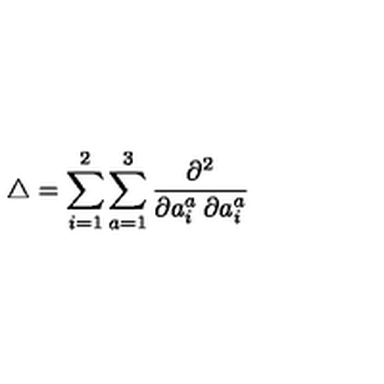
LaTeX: \bigtriangleup = \sum _ { i = 1 } ^ { 2 } \sum _ { a = 1 } ^ { 3 } \frac { \partial ^ { 2 } } { \partial a _ { i } ^ { a } \: \partial a _ { i } ^ { a } }